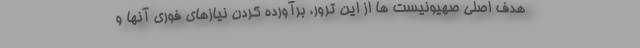
هدف اصلی صهیونیست ها از این ترور، برآورده کردن نیازهای فوری آنها و